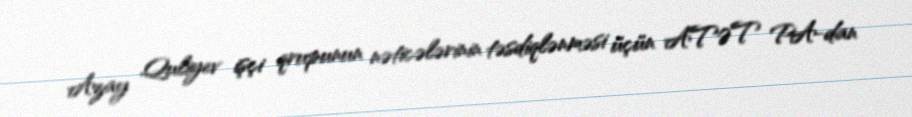
Azay Quliyev işçi qrupunun nəticələrinin təsdiqlənməsi üçün ATƏT PA-dan